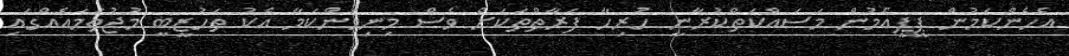
އެހެންކަމުން ޕީޕީއެމުން މަސައްކަތްކުރާނީ ހުރިހާ ފަރާތްތަކަށް ވެސް މިނިވަންކަމާ އެކު ތަހުޒީބީ މުޖުތަމައެއްގައި